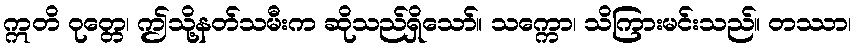
ဣတိ ဝုတ္တေ၊ ဤသို့နတ်သမီးက ဆိုသည်ရှိသော်။ သက္ကော၊ သိကြားမင်းသည်။ တဿာ၊